Vaccination in Bombay 1863-1868 - 1863-1868
Year: 1863
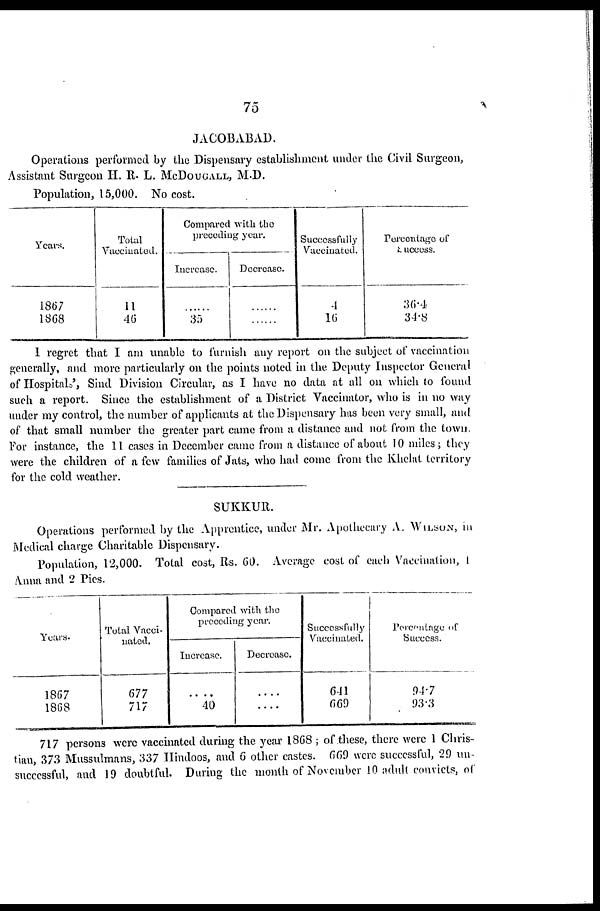
75
JACOBABAD.
Operations performed by the Dispensary establishment under the Civil Surgeon,
Assistant Surgeon H. R. L. MCDOUGALL, M.D.
Population, 15,000. No cost.
Years.
1867
1868
Total
Vaccinated.
11
46
Compared with the
preceding year.
Increase.
......
35
Decrease.
......
......
Successfully
Vaccinated.
4
16
Percentage of
success.
36.4
34.8
I regret that I am unable to furnish any report on the subject of vaccination
generally, and more particularly on the points noted in the Deputy Inspector General
of Hospitals', Sind Division Circular, as I have no data at all on which to found
such a report. Since the establishment of a District Vaccinator, who is in no way
under my control, the number of applicants at the Dispensary has been very small, and
of that small number the greater part came from a distance and not from the town.
For instance, the 11 cases in December came from a distance of about 10 miles; they
were the children of a few families of Jats, who had come from the Khelat territory
for the cold weather.
SUKKUR.
Operations performed by the Apprentice, under Mr. Apothecary A. WILSON, in
Medical charge Charitable Dispensary.
Population, 12,000. Total cost, Rs. 60. Average cost of each Vaccination, 1
Anna and 2 Pies.
Years.
1867
1868
Total Vacci-
nated.
677
717
Compared with the
preceding year.
Increase.
....
40
Decrease.
....
....
Successfully
Vaccinated.
641
669
Percentage of
Success.
94.7
93.3
717 persons were vaccinated during the year 1868 ; of these, there were 1 Chris-
tian, 373 Mussulmans, 337 Hindoos, and 6 other castes. 669 were successful, 20 un-
successful, and 19 doubtful. During the month of November 10 adult convicts, of